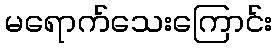
မရောက်သေးကြောင်း